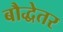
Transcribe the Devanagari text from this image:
बौद्धेतर